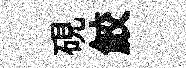
硯鮫